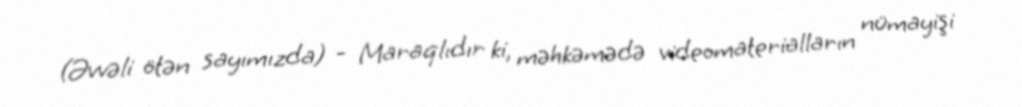
(Əvvəli ötən sayımızda) - Maraqlıdır ki, məhkəmədə videomaterialların nümayişi